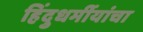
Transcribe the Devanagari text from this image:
हिंदुधर्मीयांचा